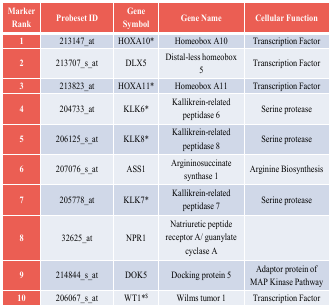
| Marker Rank | Probeset ID | Gene Symbol | Gene Name | Cellular Function |
 | --- | --- | --- | --- | --- |
 | 1 | 213147_at | HOXA10* | Homeobox A10 | Transcription Factor |
 | 2 | 213707_s_at | DLX5 | Distal-less homeobox 5 | Transcription Factor |
 | 3 | 213823_at | HOXA11* | Homeobox A11 | Transcription Factor |
 | 4 | 204733_at | KLK6* | Kallikrein-related peptidase 6 | Serine protease |
 | 5 | 206125_s_at | KLK8* | Kallikrein-related peptidase 8 | Serine protease |
 | 6 | 207076_s_at | ASS1 | Argininosuccinate synthase 1 | Arginine Biosynthesis |
 | 7 | 205778_at | KLK7* | Kallikrein-related peptidase 7 | Serine protease |
 | 8 | 32625_at | NPR1 | Natriuretic peptide receptor A/ guanylate cyclase A |  |
 | 9 | 214844_s_at | DOK5 | Docking protein 5 | Adaptor protein of MAP Kinase Pathway |
 | 10 | 206067_s_at | WT1*$ | Wilms tumor 1 | Transcription Factor |